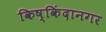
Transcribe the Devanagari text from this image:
किष्किंदानगर